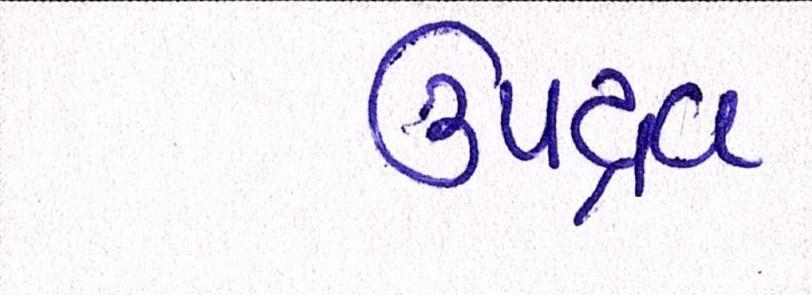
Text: ઉપદ્રવ